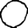
Digit: 0